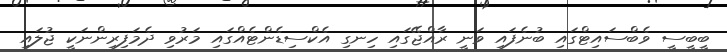
ބީބީސީ ވެބްސައިޓްގައި ބުނެފައި ވަނީ ރާއްޖޭގައި ހިނގި އެކްސިޑެންޓެއްގައި މަރުވި ދެމަފިރިންނަކީ ޖުލައި